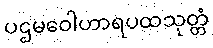
ပဌမဝေါဟာရပထသုတ္တံ